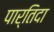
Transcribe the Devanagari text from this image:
पार्तिदा